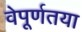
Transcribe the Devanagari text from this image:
वेपूर्णतया